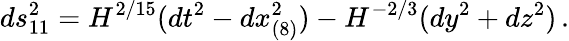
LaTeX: ds_{11}^{2}=H^{2/15}(dt^{2}-dx_{(8)}^{2})-H^{-2/3}(dy^{2}+dz^{2})\, .